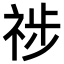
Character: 𥙺